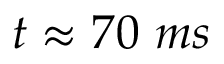
t \approx 7 0 ~ m s